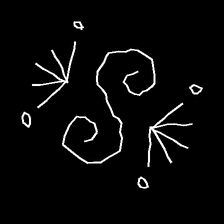
Glyph: aeroform